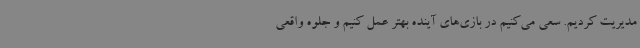
مدیریت کردیم. سعی می‌کنیم در بازی‌های آینده بهتر عمل کنیم و جلوه واقعی